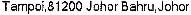
TAMPOI,81200 JOHOR BAHRU,JOHOR